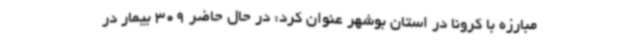
مبارزه با کرونا در استان بوشهر عنوان کرد: در حال حاضر 309 بیمار در